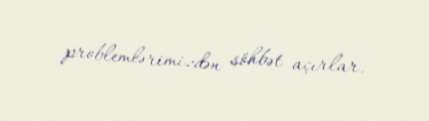
problemlərimizdən söhbət açırlar.